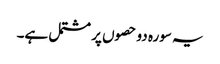
یہ سورہ دو حصوں پر مشتمل ہے۔